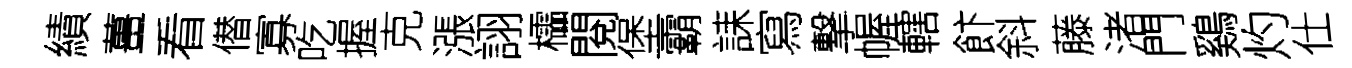
績薑看僣寡吃握克漲詡櫺閱堡霸誄寫撃幄轄飰斜藤渚門鷄灼仕